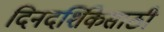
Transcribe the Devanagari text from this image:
दिनदर्शिकेसाठी